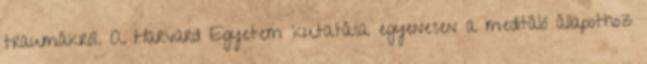
traumákról. A Harvard Egyetem kutatása egyenesen a meditáló állapothoz